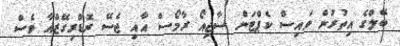
ބޭލްގެ އިތުރުން ވައިސް ކެޕްޓަން ސާޖިއޯ ރާމޯސް އާއި ޖެސޭ ރޮޑްރިގޭޒްއާ ވެސް